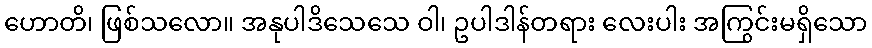
ဟောတိ၊ ဖြစ်သလော။ အနုပါဒိသေသေ ဝါ၊ ဥပါဒါန်တရား လေးပါး အကြွင်းမရှိသော